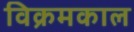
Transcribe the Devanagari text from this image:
विक्रमकाल